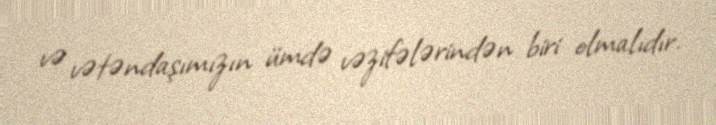
və vətəndaşımızın ümdə vəzifələrindən biri olmalıdır.